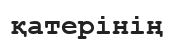
қатерінің